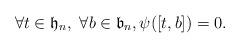
LaTeX: \begin{align*}\forall t \in \mathfrak{h}_n, \ \forall b \in \mathfrak{b}_n, \psi([t,b])= 0 .\end{align*}